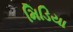
મિડિયા